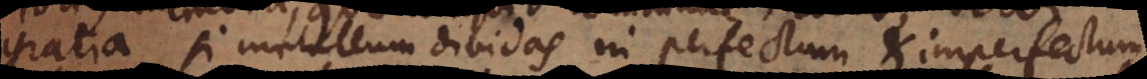
gratia si metallum dividas in perfectum et imperfectum